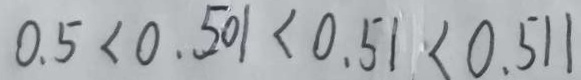
0 . 5 < 0 . 5 0 1 < 0 . 5 1 < 0 . 5 1 1